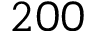
2 0 0